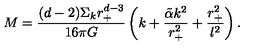
M = \frac { ( d - 2 ) \Sigma _ { k } r _ { + } ^ { d - 3 } } { 1 6 \pi G } \left( k + \frac { \tilde { \alpha } k ^ { 2 } } { r _ { + } ^ { 2 } } + \frac { r _ { + } ^ { 2 } } { l ^ { 2 } } \right) .